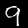
Digit: 9